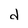
Character: d